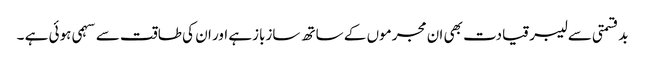
بدقسمتی سے لیبر قیادت بھی ان مجرموں کے ساتھ سازبازہے اور ان کی طاقت سے سہمی ہوئی ہے ۔